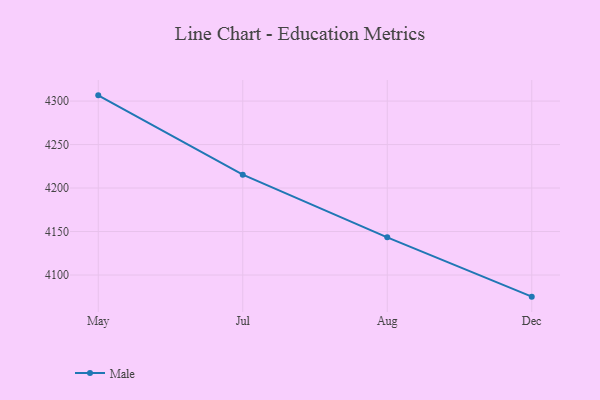
{"axis": {"x": "Month", "y": "Net Income (USD K)"}, "legend": ["Male"], "data": [{"x": "May", "y": 4306.6, "type": "Male"}, {"x": "Jul", "y": 4215.4, "type": "Male"}, {"x": "Aug", "y": 4143.3, "type": "Male"}, {"x": "Dec", "y": 4075.1, "type": "Male"}]}